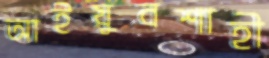
আইয়ুবশাহী